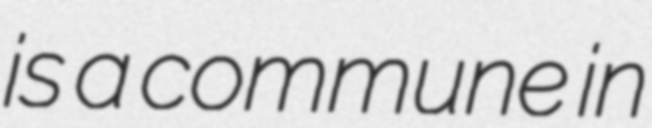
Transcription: is a commune in